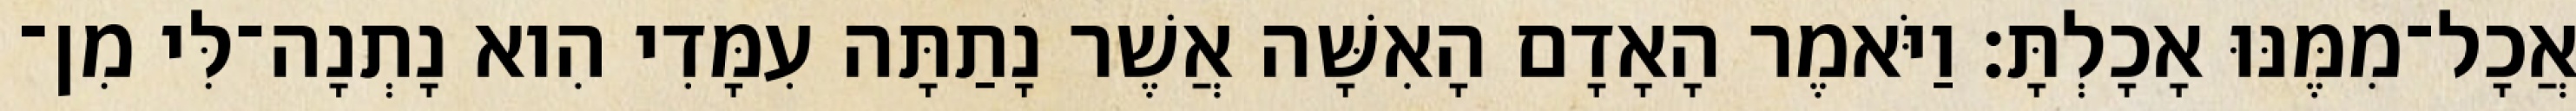
אֲכָל־מִמֶּנּוּ אָכָלְתָּ׃ וַיֹּאמֶר הָאָדָם הָאִשָּׁה אֲשֶׁר נָתַתָּה עִמָּדִי הִוא נָתְנָה־לִּי מִן־